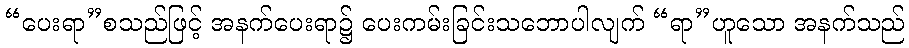
“ပေးရာ”စသည်ဖြင့် အနက်ပေးရာ၌ ပေးကမ်းခြင်းသဘောပါလျက် “ရာ”ဟူသော အနက်သည်